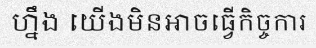
ហ្នឹង យើងមិនអាចធ្វើកិច្ចការ